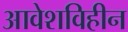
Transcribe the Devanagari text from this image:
आवेशविहीन